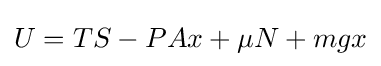
U=TS-PAx+\mu N+mgx